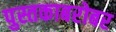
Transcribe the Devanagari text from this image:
पुस्तकाबरोबर